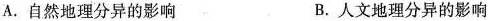
A.自然地理分异的影响 B.人文地理分异的影响